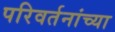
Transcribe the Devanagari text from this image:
परिवर्तनांच्या